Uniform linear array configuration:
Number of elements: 8
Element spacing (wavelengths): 0.5
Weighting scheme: kaiser
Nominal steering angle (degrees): -45
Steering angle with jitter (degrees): -44.331
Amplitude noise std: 0.05
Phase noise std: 0.05

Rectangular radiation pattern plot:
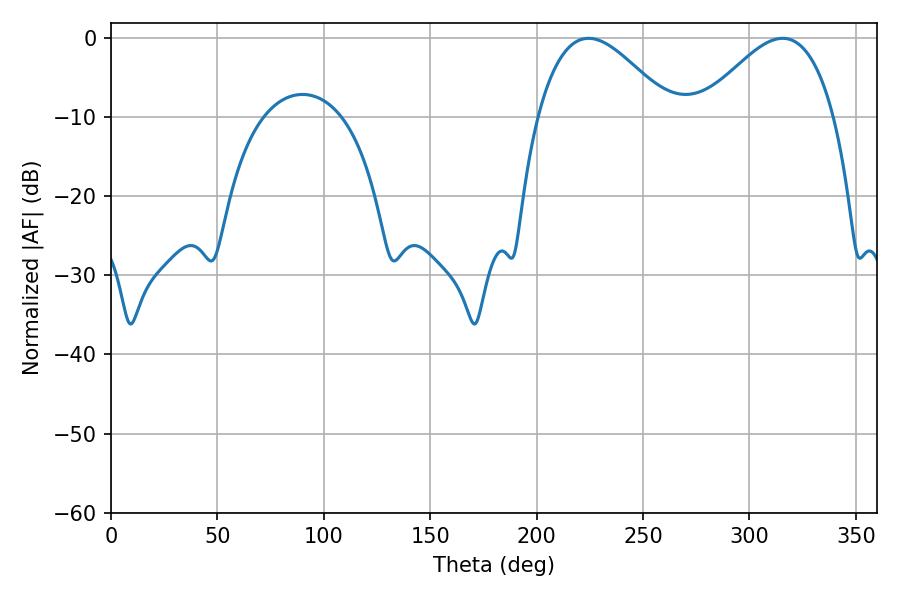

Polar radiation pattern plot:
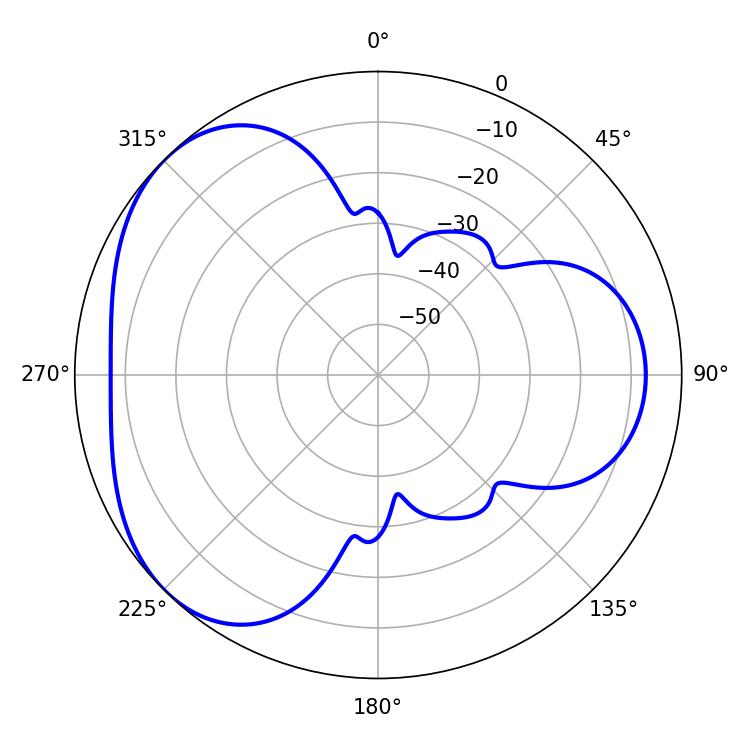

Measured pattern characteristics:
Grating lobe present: FALSE
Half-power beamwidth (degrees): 33.66
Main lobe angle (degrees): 224.46